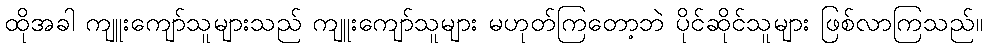
ထိုအခါ ကျူးကျော်သူများသည် ကျူးကျော်သူများ မဟုတ်ကြတော့ဘဲ ပိုင်ဆိုင်သူများ ဖြစ်လာကြသည်။